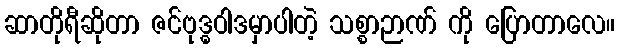
ဆာတိုရီဆိုတာ ဇင်ဗုဒ္ဓဝါဒမှာပါတဲ့ သစ္စာဉာဏ် ကို ပြောတာလေ။